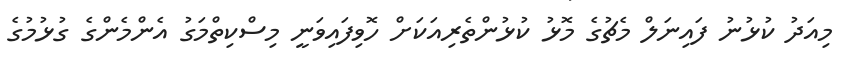
މިއަދު ކުޅުނު ފައިނަލް މެޗުގެ މޮޅު ކުޅުންތެރިއަކަށް ހޮވިފައިވަނީ މިސްކިތްމަގު އެންމެންގެ ގުޅުމުގެ